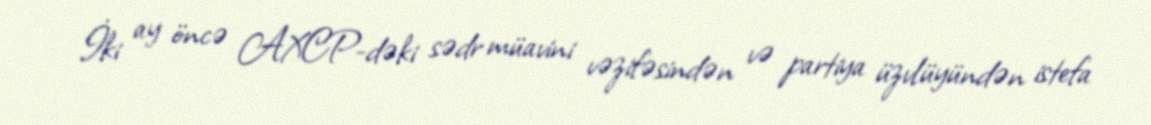
İki ay öncə AXCP-dəki sədr müavini vəzifəsindən və partiya üzvlüyündən istefa